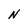
Character: N